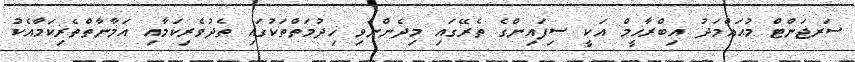
ސަރޖަންޓް މުޙައްމަދު އިބްރާހީމް އަކީ ސިފައިންގެ ތެރޭގައި މިދެންނެވި ޚިދުމަތްތަކުގައި ތެދުވެރިކަމާއި އަމާނާތްތެރިކަމާއެކު